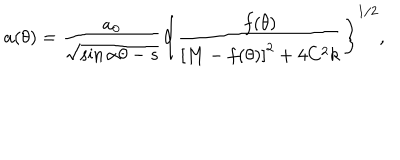
a ( \theta ) = \frac { a _ { 0 } } { \sqrt { \sin \alpha \theta - s } } \left\{ \frac { f ( \theta ) } { \left[ M - f ( \theta ) \right] ^ { 2 } + 4 C ^ { 2 } k } \right\} ^ { 1 / 2 } ,